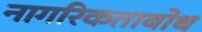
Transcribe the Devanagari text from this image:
नागरिकताबोध